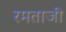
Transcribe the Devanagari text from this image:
रमताजी